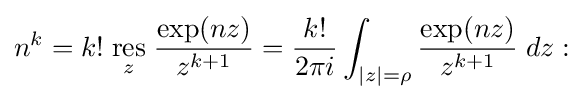
n^{k}=k!\;{\underset {z}{\mathrm {res} }}\;{\frac {\exp(nz)}{z^{k+1}}}={\frac {k!}{2\pi i}}\int _{|z|=\rho }{\frac {\exp(nz)}{z^{k+1}}}\;dz: